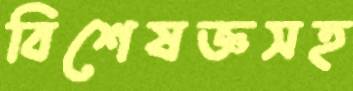
বিশেষজ্ঞসহ